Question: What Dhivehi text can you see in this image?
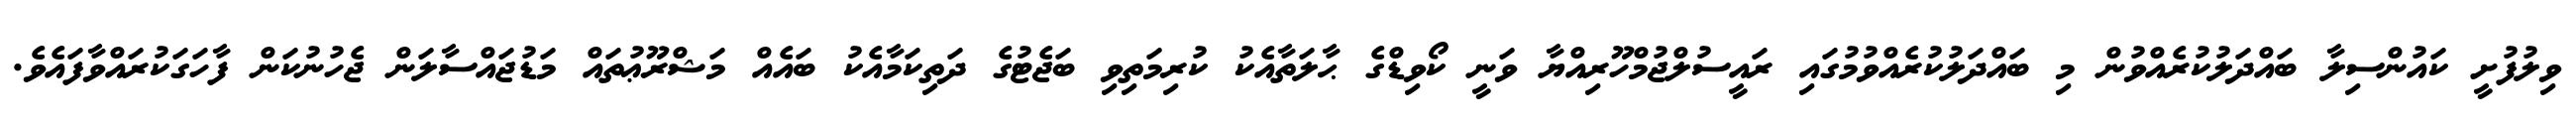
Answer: ވިލުފުށީ ކައުންސިލާ ބައްދަލުކުރެއްވުން މި ބައްދަލުކުރެއްވުމުގައި ރައީސުލްޖުމްހޫރިއްޔާ ވަނީ ކޯވިޑްގެ ޙާލަތާއެކު ކުރިމަތިވި ބަޖެޓުގެ ދަތިކަމާއެކު ބައެއް މަޝްރޫޢުތައް މަޑުޖައްސާލަން ޖެހުނުކަން ފާހަގަކުރައްވާފައެވެ.